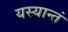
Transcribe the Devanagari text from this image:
यस्यान्तं